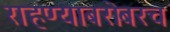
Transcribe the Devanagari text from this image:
राहण्याबरोबरच